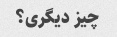
چیز دیگری؟